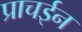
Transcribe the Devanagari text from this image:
प्राचईन